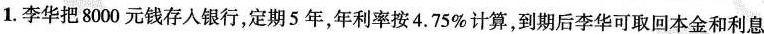
1.李华把8000元钱存入银行，定期5年，年利率按4.75%计算，到期后李华可取回本金和利息